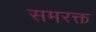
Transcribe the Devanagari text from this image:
समरक्त